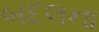
બદલના